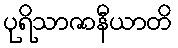
ပုရိသာဇာနီယာတိ